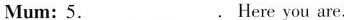
Mum:\underline{5}.Here you are.